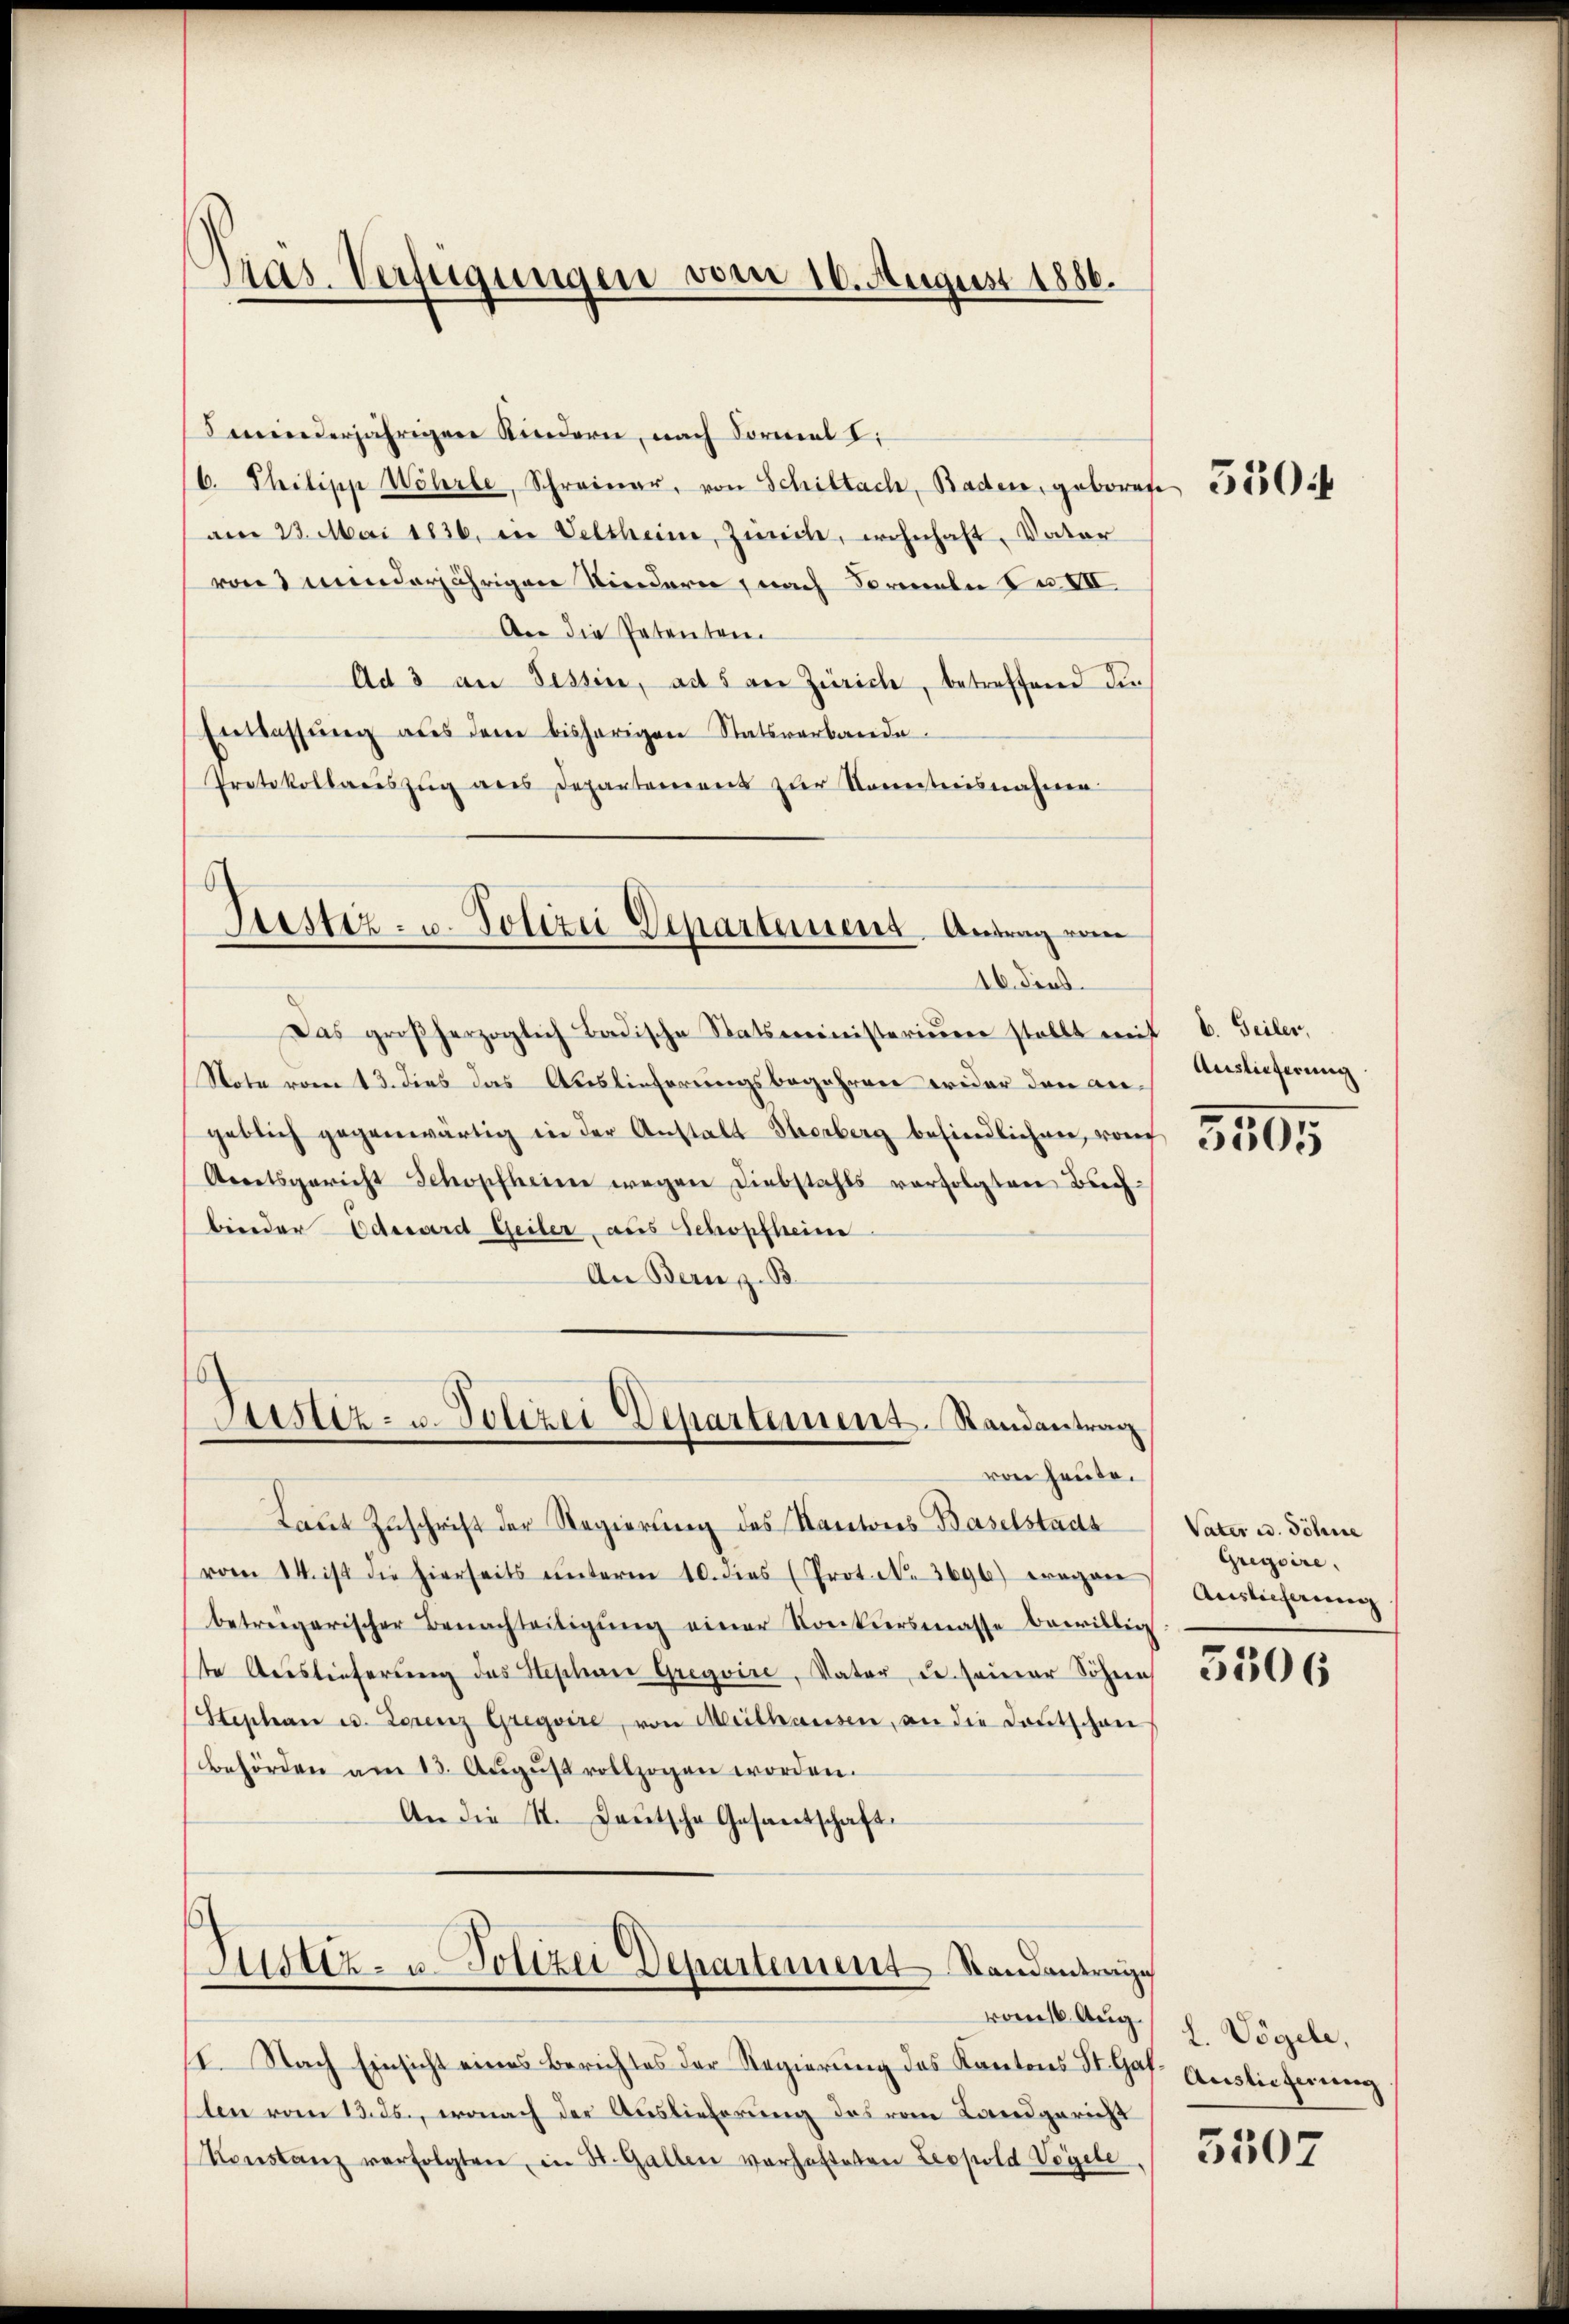
minderjährigen Kindern, nach Formel I
6. Philipp Wöhrle, Schreiner, von Schillach, Baden, geboren 150 f
am 23. Mai 1836. in Veltheim, Zürich, wohnhaft, Vater
von 2 minderjährigen Kindern, nach Formeln zu VII
An die Petenten
Ad 3 an Tessin, ad 5 an Zürich, betreffend die
Entlassŭng aus dem bisherigen Statsverbande
Protokollariszŭg als Departement zŭr Komentreisnahmen

Pras. Verfügungen vom 16. August 1886.

Das großherzoglich Badische Statsministerium stellt mit 6. Feiler,
Note vom 13. dies das Auslieferungsbegehren wider den an Auslieferung
geblich gegenwärtig in der Anstalt Herberg befindlichen, von 1556955
Areitsgericht Schopfheim wegen Diebstahls verfolgten Buchbinder Edewerd Geiler, aus Schopfheim
An Bern z. B
Justiz- u. Polizei Departement. Randantrag

Justiz- u. Polizei Departanens. Antrag vom
16. dies

von heute.

/I. Nach Einsicht eines Berichtes der Regierung des Kantons St. Gas. Auslieferung
len vom 13. ds., wonach der Auslieferung des vom Landgericht
Konstanz verfolgten, in St. Gallen verhafteten Leopold Vogele

Laut Zuschrift der Regierung des Kantons Baselstadt
vom 14. ist die hierseits ŭnterm 10. dies (Prot. N. 3696) erogan
betreigerischer Benachteiligŭng einer Konkursmasse bewillig
ste Auslieferung des Stephan Gregoire, Vater, u. seiner Söhnen
Stephan u. Lorenz Gregoire, von Mithausen, an die Lautschon
Behörden am 13. Aŭgŭst vollzogen worden.
An die St. Gautsche Gesantschaft.

Justiz- u. Polizei Departement Standantrage

vom 16. Aug.

Vater u. Söhne
Gregoire.
Auslieferung

5306

L. Vögel,

3507